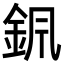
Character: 𨥩